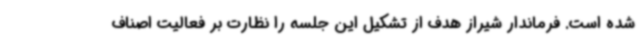
شده است. فرماندار شیراز هدف از تشکیل این جلسه را نظارت بر فعالیت اصناف